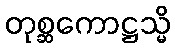
တုစ္ဆကောဋ္ဌသ္မိ